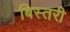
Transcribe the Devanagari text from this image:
बिस्तरी